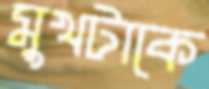
মুখটাকে